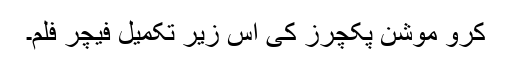
کرو موشن پکچرز کی اس زیر تکمیل فیچر فلم۔